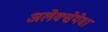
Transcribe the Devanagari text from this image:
अलेक्सेयेवा